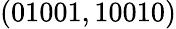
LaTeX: (01001,10010)